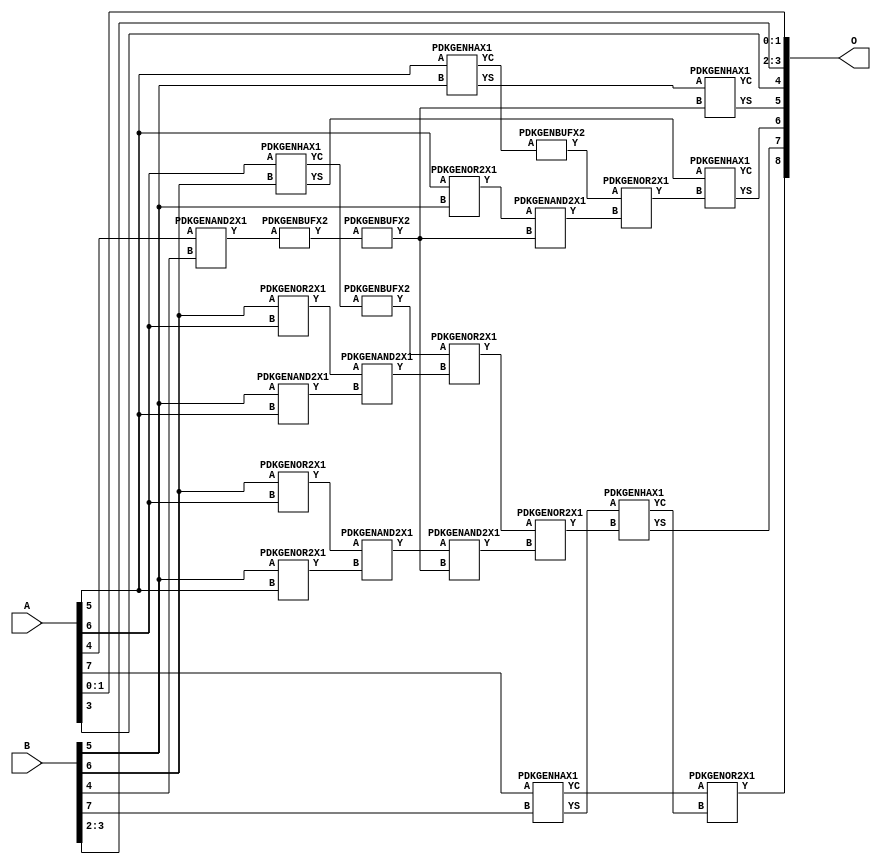
// Library = EvoApprox8b
// Circuit = add8_127
// Area   (180) = 1024
// Delay  (180) = 0.700
// Power  (180) = 286.90
// Area   (45) = 70
// Delay  (45) = 0.310
// Power  (45) = 23.36
// Nodes = 24
// HD = 192640
// MAE = 9.75000
// MSE = 141.50000
// MRE = 5.22 %
// WCE = 23
// WCRE = 100 %
// EP = 96.9 %

module add8_127(A, B, O);
  input [7:0] A;
  input [7:0] B;
  output [8:0] O;
  wire [2031:0] N;

  assign N[0] = A[0];
  assign N[1] = A[0];
  assign N[2] = A[1];
  assign N[3] = A[1];
  assign N[4] = A[2];
  assign N[5] = A[2];
  assign N[6] = A[3];
  assign N[7] = A[3];
  assign N[8] = A[4];
  assign N[9] = A[4];
  assign N[10] = A[5];
  assign N[11] = A[5];
  assign N[12] = A[6];
  assign N[13] = A[6];
  assign N[14] = A[7];
  assign N[15] = A[7];
  assign N[16] = B[0];
  assign N[17] = B[0];
  assign N[18] = B[1];
  assign N[19] = B[1];
  assign N[20] = B[2];
  assign N[21] = B[2];
  assign N[22] = B[3];
  assign N[23] = B[3];
  assign N[24] = B[4];
  assign N[25] = B[4];
  assign N[26] = B[5];
  assign N[27] = B[5];
  assign N[28] = B[6];
  assign N[29] = B[6];
  assign N[30] = B[7];
  assign N[31] = B[7];

  PDKGENOR2X1 n38(.A(N[10]), .B(N[26]), .Y(N[38]));
  assign N[39] = N[38];
  PDKGENOR2X1 n42(.A(N[28]), .B(N[12]), .Y(N[42]));
  assign N[43] = N[42];
  PDKGENOR2X1 n44(.A(N[28]), .B(N[12]), .Y(N[44]));
  assign N[45] = N[44];
  PDKGENAND2X1 n46(.A(N[26]), .B(N[10]), .Y(N[46]));
  PDKGENAND2X1 n68(.A(N[8]), .B(N[24]), .Y(N[68]));
  PDKGENBUFX2 n70(.A(N[68]), .Y(N[70]));
  PDKGENHAX1 n78(.A(N[10]), .B(N[26]), .YS(N[78]), .YC(N[79]));
  PDKGENBUFX2 n80(.A(N[79]), .Y(N[80]));
  assign N[81] = N[80];
  PDKGENHAX1 n86(.A(N[12]), .B(N[28]), .YS(N[86]), .YC(N[87]));
  PDKGENHAX1 n96(.A(N[14]), .B(N[30]), .YS(N[96]), .YC(N[97]));
  PDKGENOR2X1 n134(.A(N[26]), .B(N[10]), .Y(N[134]));
  assign N[135] = N[134];
  PDKGENBUFX2 n142(.A(N[87]), .Y(N[142]));
  assign N[143] = N[142];
  PDKGENBUFX2 n152(.A(N[70]), .Y(N[152]));
  assign N[153] = N[152];
  PDKGENAND2X1 n162(.A(N[43]), .B(N[46]), .Y(N[162]));
  assign N[163] = N[162];
  PDKGENAND2X1 n170(.A(N[45]), .B(N[135]), .Y(N[170]));
  PDKGENOR2X1 n180(.A(N[143]), .B(N[163]), .Y(N[180]));
  PDKGENAND2X1 n226(.A(N[39]), .B(N[153]), .Y(N[226]));
  PDKGENOR2X1 n244(.A(N[81]), .B(N[226]), .Y(N[244]));
  assign N[245] = N[244];
  PDKGENAND2X1 n254(.A(N[170]), .B(N[153]), .Y(N[254]));
  PDKGENOR2X1 n272(.A(N[180]), .B(N[254]), .Y(N[272]));
  assign N[273] = N[272];
  PDKGENHAX1 n394(.A(N[78]), .B(N[152]), .YS(N[394]), .YC(N[395]));
  PDKGENHAX1 n404(.A(N[86]), .B(N[245]), .YS(N[404]), .YC(N[405]));
  PDKGENHAX1 n412(.A(N[96]), .B(N[273]), .YS(N[412]), .YC(N[413]));
  PDKGENOR2X1 n422(.A(N[97]), .B(N[413]), .Y(N[422]));

  assign O[0] = N[0];
  assign O[1] = N[2];
  assign O[2] = N[20];
  assign O[3] = N[22];
  assign O[4] = N[6];
  assign O[5] = N[394];
  assign O[6] = N[404];
  assign O[7] = N[412];
  assign O[8] = N[422];

endmodule
/* mod */
module PDKGENHAX1( input A, input B, output YS, output YC );
    assign YS = A ^ B;
    assign YC = A & B;
endmodule
/* mod */
module PDKGENOR2X1(input A, input B, output Y );
     assign Y = A | B;
endmodule
/* mod */
module PDKGENAND2X1(input A, input B, output Y );
     assign Y = A & B;
endmodule
/* mod */
module PDKGENBUFX2(input A, output Y );
     assign Y = A;
endmodule